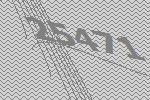
25471